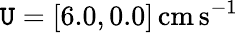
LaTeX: \mathtt{U}=[6.0,0.0]\, \mathrm{{cm\, s^{-1}}}